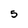
Character: 5